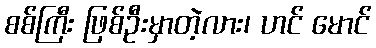
စစ်ကြီး ဖြစ်ဦးမှာတဲ့လား၊ ဟင် မောင်